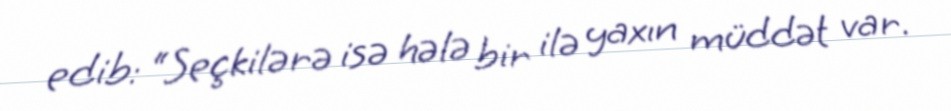
edib: “Seçkilərə isə hələ bir ilə yaxın müddət var.